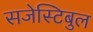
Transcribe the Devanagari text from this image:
सजेस्टिबुल